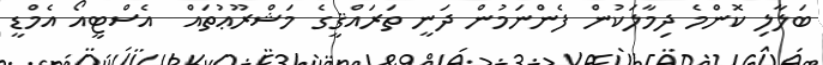
ބަލާލި ކޮންމެ ދިމާލަކުން ފެންނަމުން ދަނީ ތަރައްޤީގެ މަޝްރޫޢުތައް  އެސްޓީއޯ އެމްޑީ